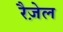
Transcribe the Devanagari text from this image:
रैज़ेल